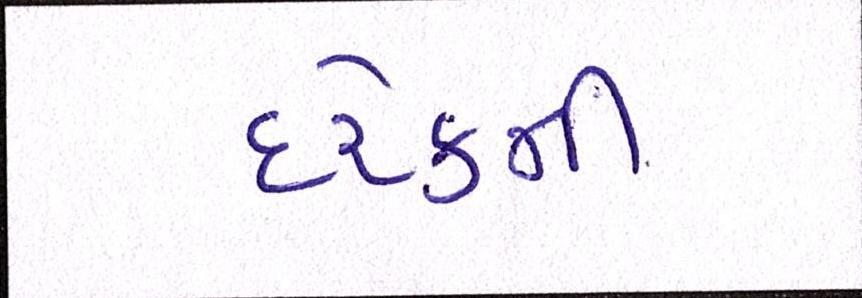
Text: દરેકની